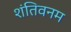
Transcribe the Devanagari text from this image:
शंतिवनम